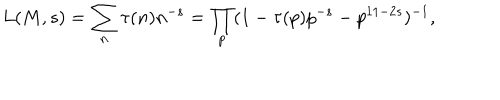
LaTeX: L ( M , s ) = \sum _ { n } \tau ( n ) n ^ { - s } = \prod _ { p } ( 1 - \tau ( p ) p ^ { - s } - p ^ { 1 1 - 2 s } ) ^ { - 1 } , \nonumber